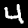
Digit: 4